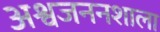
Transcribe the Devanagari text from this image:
अश्वजननशाला